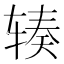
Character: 辏